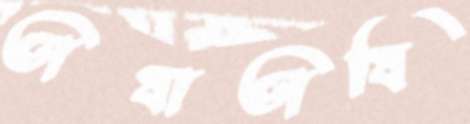
ভাষাভাষি